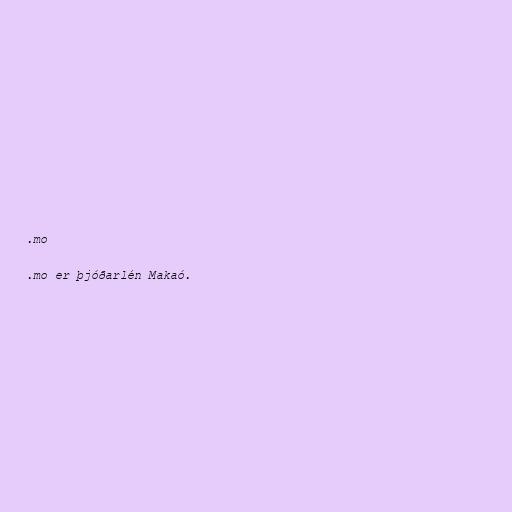
.mo

.mo er þjóðarlén Makaó.